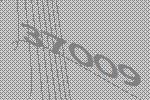
37009